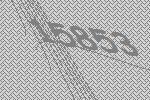
15853